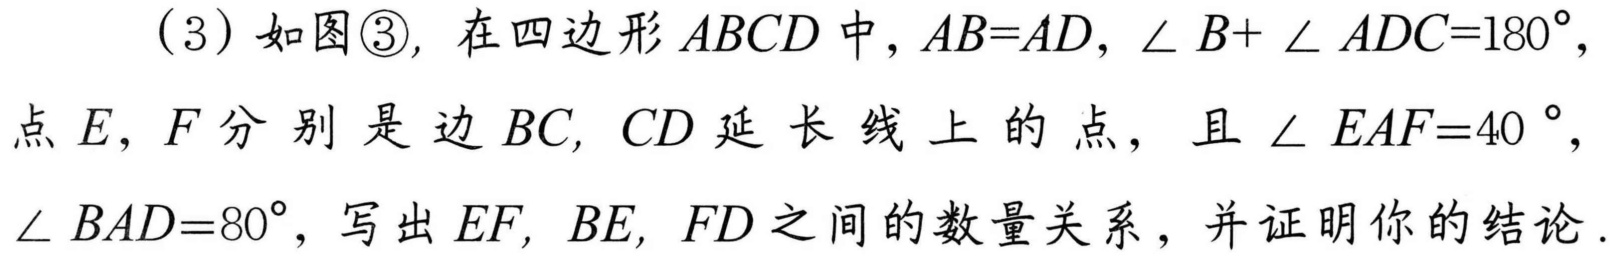
（3）如图\textcircled{3}，在四边形\(ABCD\)中，\(AB = AD\)，\(\angle B+\angle ADC = 180^{\circ}\)，
点\(E,F\)分别是边\(BC,CD\)延长线上的点，且\(\angle EAF = 40^{\circ}\)，
\(\angle BAD = 80^{\circ}\)，写出\(EF,BE,FD\)之间的数量关系，并证明你的结论.